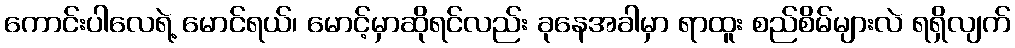
ကောင်းပါလေရဲ့ မောင်ရယ်၊ မောင့်မှာဆိုရင်လည်း ခုနေအခါမှာ ရာထူး စည်စိမ်များလဲ ရရှိလျက်